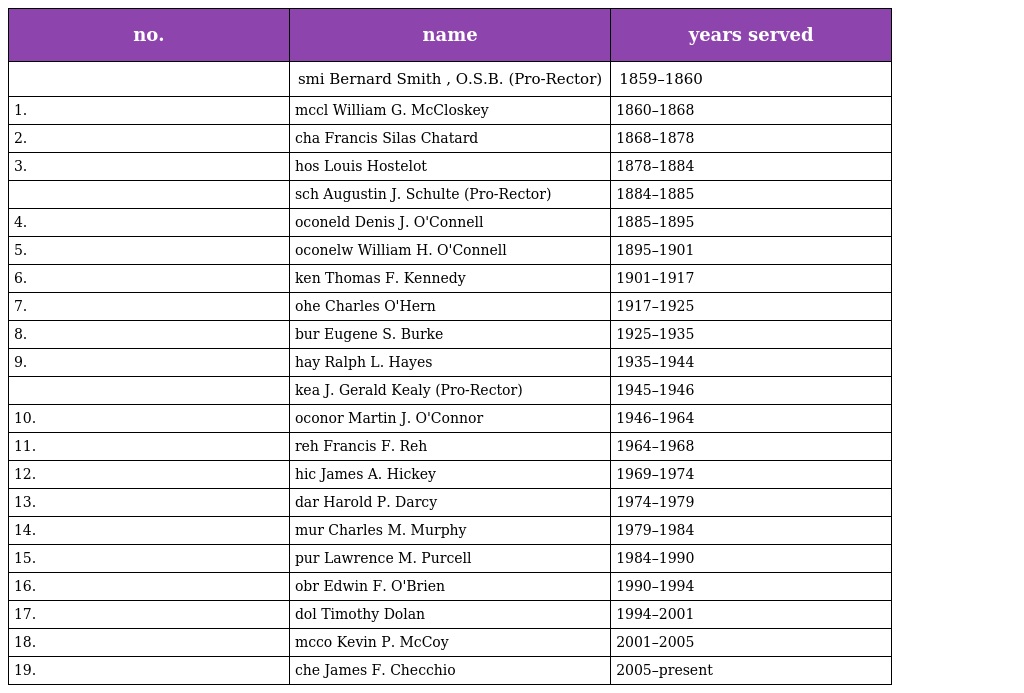
| no. | name | years served |
 | --- | --- | --- |
 |  | smi Bernard Smith , O.S.B. (Pro-Rector) | 1859–1860 |
 | 1. | mccl William G. McCloskey | 1860–1868 |
 | 2. | cha Francis Silas Chatard | 1868–1878 |
 | 3. | hos Louis Hostelot | 1878–1884 |
 |  | sch Augustin J. Schulte (Pro-Rector) | 1884–1885 |
 | 4. | oconeld Denis J. O'Connell | 1885–1895 |
 | 5. | oconelw William H. O'Connell | 1895–1901 |
 | 6. | ken Thomas F. Kennedy | 1901–1917 |
 | 7. | ohe Charles O'Hern | 1917–1925 |
 | 8. | bur Eugene S. Burke | 1925–1935 |
 | 9. | hay Ralph L. Hayes | 1935–1944 |
 |  | kea J. Gerald Kealy (Pro-Rector) | 1945–1946 |
 | 10. | oconor Martin J. O'Connor | 1946–1964 |
 | 11. | reh Francis F. Reh | 1964–1968 |
 | 12. | hic James A. Hickey | 1969–1974 |
 | 13. | dar Harold P. Darcy | 1974–1979 |
 | 14. | mur Charles M. Murphy | 1979–1984 |
 | 15. | pur Lawrence M. Purcell | 1984–1990 |
 | 16. | obr Edwin F. O'Brien | 1990–1994 |
 | 17. | dol Timothy Dolan | 1994–2001 |
 | 18. | mcco Kevin P. McCoy | 2001–2005 |
 | 19. | che James F. Checchio | 2005–present |